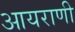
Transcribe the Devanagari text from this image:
आयराणी